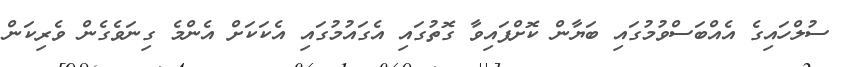
ސުލްހައިގެ އެއްބަސްވުމުގައި ބަޔާން ކޮށްފައިވާ ގޮތުގައި އެގައުމުގައި އެކަކަށް އެންމެ ގިނަވެގެން ވެރިކަން